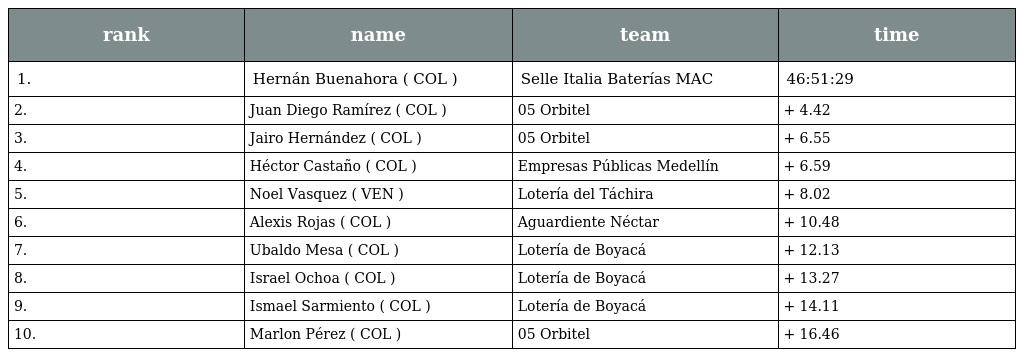
| rank | name | team | time |
 | --- | --- | --- | --- |
 | 1. | Hernán Buenahora ( COL ) | Selle Italia Baterías MAC | 46:51:29 |
 | 2. | Juan Diego Ramírez ( COL ) | 05 Orbitel | + 4.42 |
 | 3. | Jairo Hernández ( COL ) | 05 Orbitel | + 6.55 |
 | 4. | Héctor Castaño ( COL ) | Empresas Públicas Medellín | + 6.59 |
 | 5. | Noel Vasquez ( VEN ) | Lotería del Táchira | + 8.02 |
 | 6. | Alexis Rojas ( COL ) | Aguardiente Néctar | + 10.48 |
 | 7. | Ubaldo Mesa ( COL ) | Lotería de Boyacá | + 12.13 |
 | 8. | Israel Ochoa ( COL ) | Lotería de Boyacá | + 13.27 |
 | 9. | Ismael Sarmiento ( COL ) | Lotería de Boyacá | + 14.11 |
 | 10. | Marlon Pérez ( COL ) | 05 Orbitel | + 16.46 |